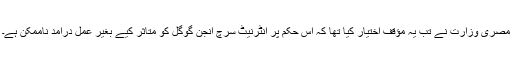
مصری وزارت نے تب یہ مؤقف اختیار کیا تھا کہ اس حکم پر انٹرنیٹ سرچ انجن گوگل کو متاثر کیے بغیر عمل درآمد ناممکن ہے۔